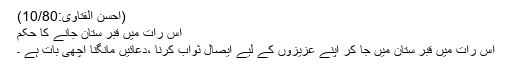
(احسن الفتاوی:10/80)
اس رات میں قبر ستان جانے کا حکم
اس رات میں قبر ستان میں جا کر اپنے عزیزوں کے لیے ایصال ثواب کرنا ،دعائیں مانگنا اچھی بات ہے ۔